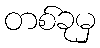
တစ်ခုမှ